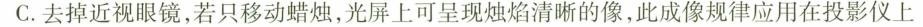
C.去掉近视眼镜，若只移动蜡烛，光屏上可呈现烛焰清晰的像，此成像规律应用在投影仪上